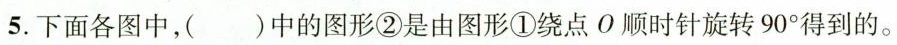
5.下面各图中，()中的图形②是由图形①绕点O顺时针旋转90°得到的。